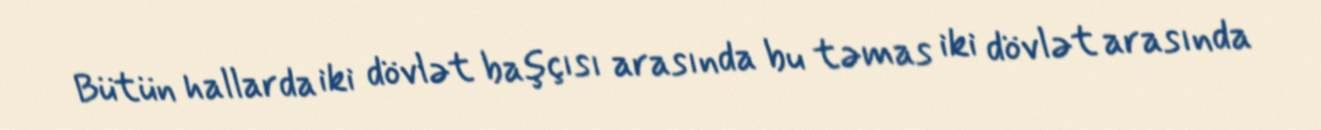
Bütün hallarda iki dövlət başçısı arasında bu təmas iki dövlət arasında